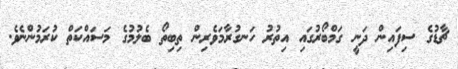
ޗާޑުގެ ސިފައިން ދަނީ ގަމްބޯރުގައި އިތުރު ހަނގުރާމަވެރިން ތިބިތޯ ބެލުމުގެ މަސައްކަތް ކުރަމުންނެވެ.